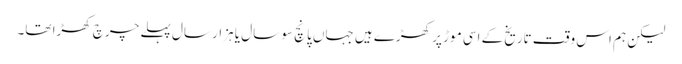
لیکن ہم اس وقت تاریخ کے اسی موڑ پر کھڑے ہیں جہاں پانچ سو سال یا ہزار سال پہلے چرچ کھڑا تھا۔